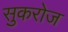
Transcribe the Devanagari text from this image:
सुकरोज